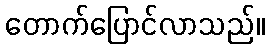
တောက်ပြောင်လာသည်။